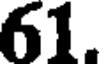
61.